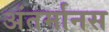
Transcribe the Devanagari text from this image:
अंतर्मानस